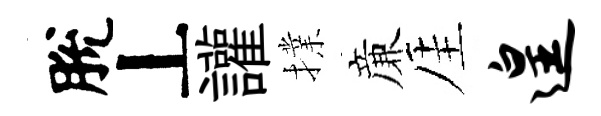
脫丄讙擈亷厓遑